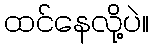
ထင်နေလို့ပဲ။